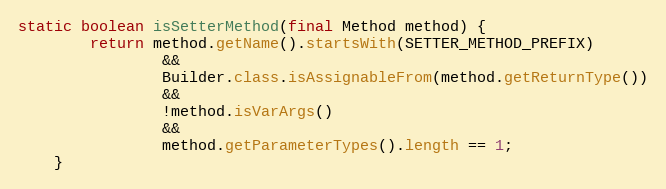
Language: Java
static boolean isSetterMethod(final Method method) {
        return method.getName().startsWith(SETTER_METHOD_PREFIX)
                &&
                Builder.class.isAssignableFrom(method.getReturnType())
                &&
                !method.isVarArgs()
                &&
                method.getParameterTypes().length == 1;
    }